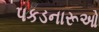
પકડનારૂઓ